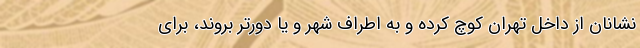
‌نشانان از داخل تهران کوچ کرده و به اطراف شهر و یا دورتر بروند، برای